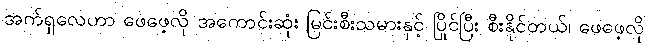
အက်ရှလေဟာ ဖေဖေ့လို အကောင်းဆုံး မြင်းစီးသမားနှင့် ပြိုင်ပြီး စီးနိုင်တယ်၊ ဖေဖေ့လို